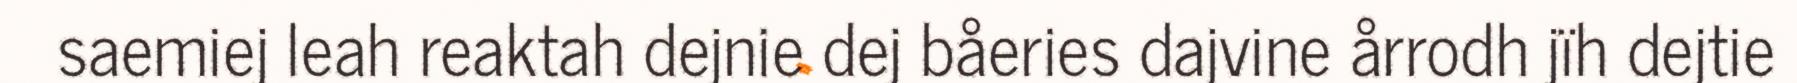
saemiej leah reaktah dejnie dej båeries dajvine årrodh jïh dejtie